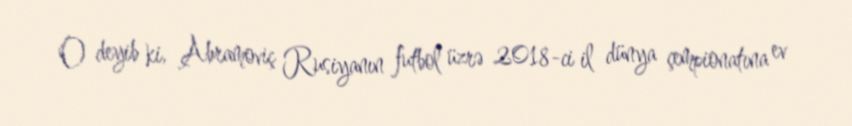
O deyib ki, Abramoviç Rusiyanın futbol üzrə 2018-ci il dünya çempionatına ev